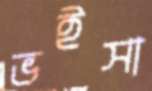
ভইসা